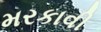
મરકાવી